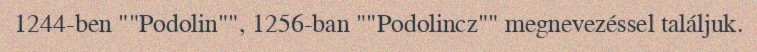
1244-ben ""Podolin"", 1256-ban ""Podolincz"" megnevezéssel találjuk.